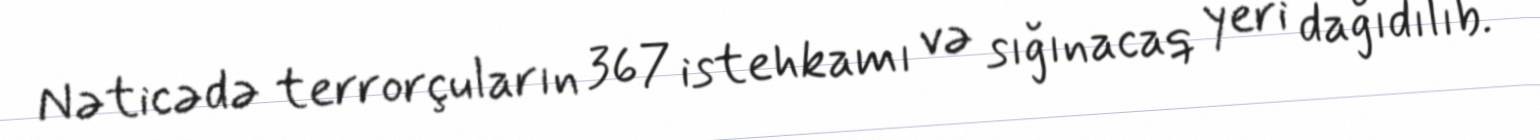
Nəticədə terrorçuların 367 istehkamı və sığınacaq yeri dağıdılıb.